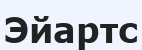
Эйартс